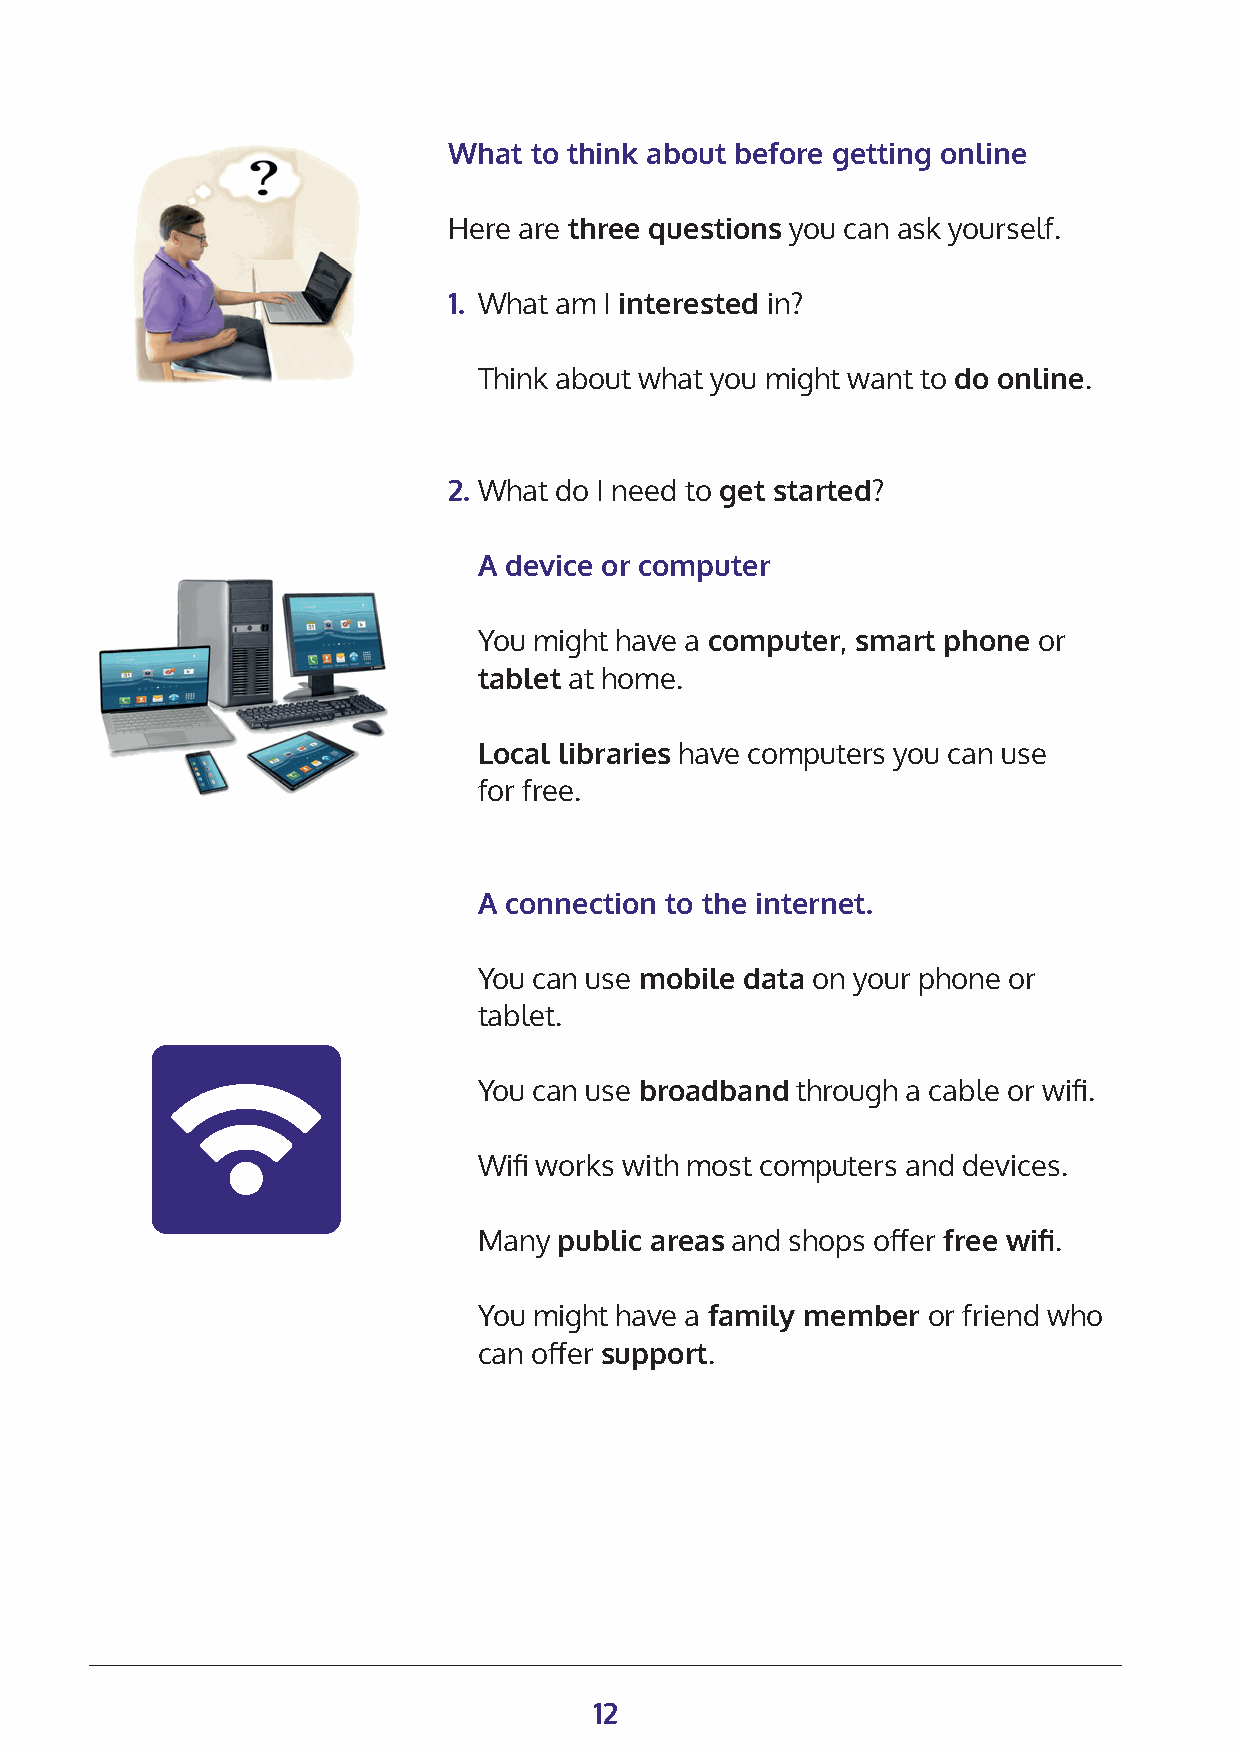
What to think about before getting online
 Here are three questions you can ask yourself.
 1. What am I interested in?
 Think about what you might want to do online.
 2. What do I need to get started?
 A device or computer
 You might have a computer, smart phone or
 tablet at home.
 Local libraries have computers you can use
 for free.
 A connection to the internet.
 You can use mobile data on your phone or
 tablet.
 You can use broadband through a cable or wifi.
 Wifi works with most computers and devices.
 Many public areas and shops offer free wifi.
 You might have a family member or friend who
 can offer support.
 12